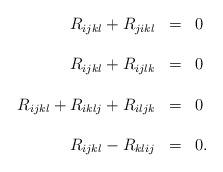
LaTeX: \begin{align*} \begin{array}{rcll} R_{ijkl} + R_{jikl} & = & 0 \ & \ \\ \ & \ & \ & \ \\ R_{ijkl} + R_{ijlk} & = & 0 & \ \\ \ & \ & \ & \ \\ R_{ijkl}+R_{iklj}+R_{iljk} & = & 0 & \ \\ \ & \ & \ & \ \\ R_{ijkl} - R_{klij} & = & 0. & \ \end{array} \end{align*}